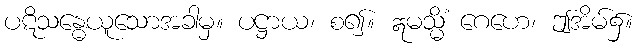
ပဋိသန္ဓေယူသောအခါမှ။ ပဋ္ဌာယ၊ စ၍။ ဣမသ္မိံ ဂေဟေ၊ ဤအိမ်၌။